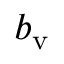
b _ { \mathrm { v } }